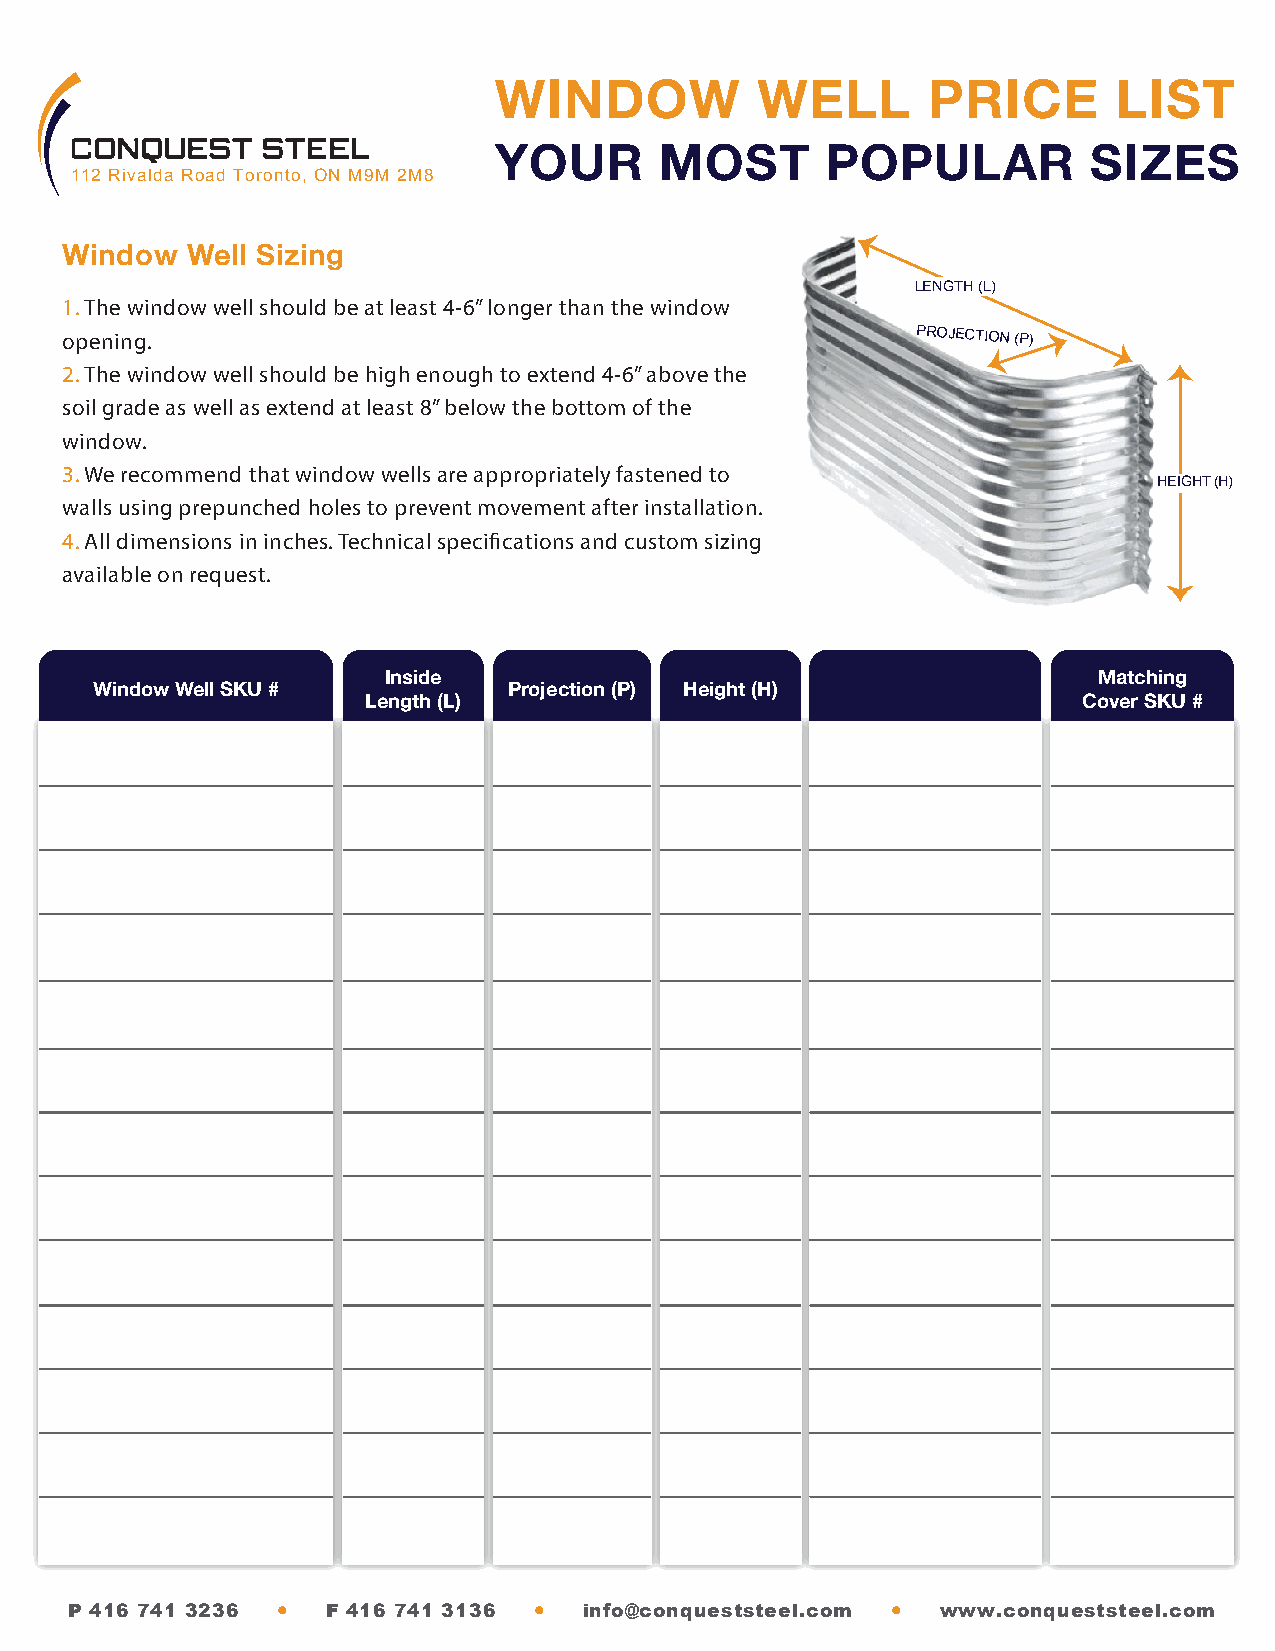
WINDOW           WELL       PRICE        LIST
 YOUR       MOST       POPULAR          SIZES
 112 Rivalda Road Toronto, ON M9M 2M8
 Window  Well Sizing
 LENGTH (L)
 1. The window well should be at least 4-6” longer than the window
 opening.                                                 PROJECTION (P)
 2. The window well should be high enough to extend 4-6” above the
 soil grade as well as extend at least 8” below the bottom of the
 window.
 3. We recommend that window wells are appropriately fastened to
 HEIGHT (H)
 walls using prepunched holes to prevent movement after installation.
 4. All dimensions in inches. Technical specifications and custom sizing
 available on request.
 Inside                                          Matching
 Window Well SKU #           Projection (P) Height (H)
 Length (L)                                      Cover SKU #
 P 416 741 3236 • F 416 741 3136 • info@conqueststeel.com • www.conqueststeel.com